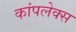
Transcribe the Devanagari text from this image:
कांपलेक्स